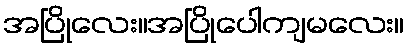
အပြိုလေး။အပြိုပေါကျမလေး။